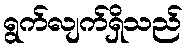
ရွက်လျက်ရှိသည်